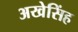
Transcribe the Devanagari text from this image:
अखेसिंह